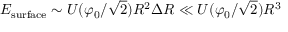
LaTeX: E _ { \mathrm { s u r f a c e } } \sim U ( \varphi _ { 0 } / { \sqrt { 2 } } ) R ^ { 2 } \Delta R \ll U ( \varphi _ { 0 } / { \sqrt { 2 } } ) R ^ { 3 }